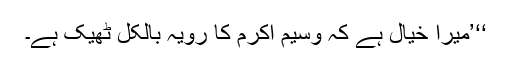
‘‘’میرا خیال ہے کہ وسیم اکرم کا رویہ بالکل ٹھیک ہے۔